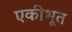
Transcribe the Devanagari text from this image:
एकीभूत